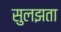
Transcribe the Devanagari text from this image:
सुलझता